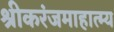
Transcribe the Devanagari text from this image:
श्रीकरंजमाहात्म्य